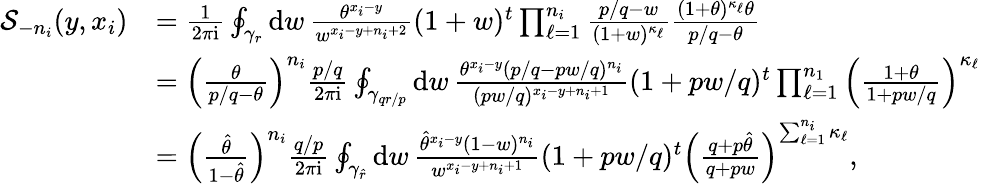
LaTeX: \begin{array}{rl}{\mathcal{S}_{-n_{i}}(y,x_{i})}&{\textstyle=\frac{1}{2\pi\mathrm{i}}\oint_{\gamma_{r}}\mathrm{d}w\, \frac{\theta^{x_{i}-y}}{w^{x_{i}-y+n_{i}+2}}(1+w)^{t}\prod_{\ell=1}^{n_{i}}\frac{p/q-w}{(1+w)^{\kappa_{\ell}}}\frac{(1+\theta)^{\kappa_{\ell}}\theta}{p/q-\theta}}\\ &{\textstyle=\left(\frac{\theta}{p/q-\theta}\right)^{n_{i}}\frac{p/q}{2\pi\mathrm{i}}\oint_{\gamma_{qr/p}}\mathrm{d}w\, \frac{\theta^{x_{i}-y}(p/q-pw/q)^{n_{i}}}{(pw/q)^{x_{i}-y+n_{i}+1}}(1+pw/q)^{t}\prod_{\ell=1}^{n_{1}}\left(\frac{1+\theta}{1+pw/q}\right)^{\kappa_{\ell}}}\\ &{\textstyle=\left(\frac{\hat{\theta}}{1-\hat{\theta}}\right)^{n_{i}}\frac{q/p}{2\pi\mathrm{i}}\oint_{\gamma_{\hat{r}}}\mathrm{d}w\, \frac{\hat{\theta}^{x_{i}-y}(1-w)^{n_{i}}}{w^{x_{i}-y+n_{i}+1}}(1+pw/q)^{t}\left(\frac{q+p\hat{\theta}}{q+pw}\right)^{\sum_{\ell=1}^{n_{i}}\kappa_{\ell}},}\end{array}